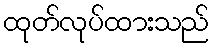
ထုတ်လုပ်ထားသည်